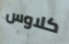
كلاوس